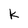
Character: k